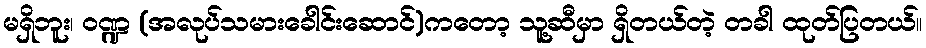
မရှိဘူး၊ ဝဏ္ဍ (အလုပ်သမားခေါင်းဆောင်)ကတော့ သူ့ဆီမှာ ရှိတယ်တဲ့ တခါ ထုတ်ပြတယ်။